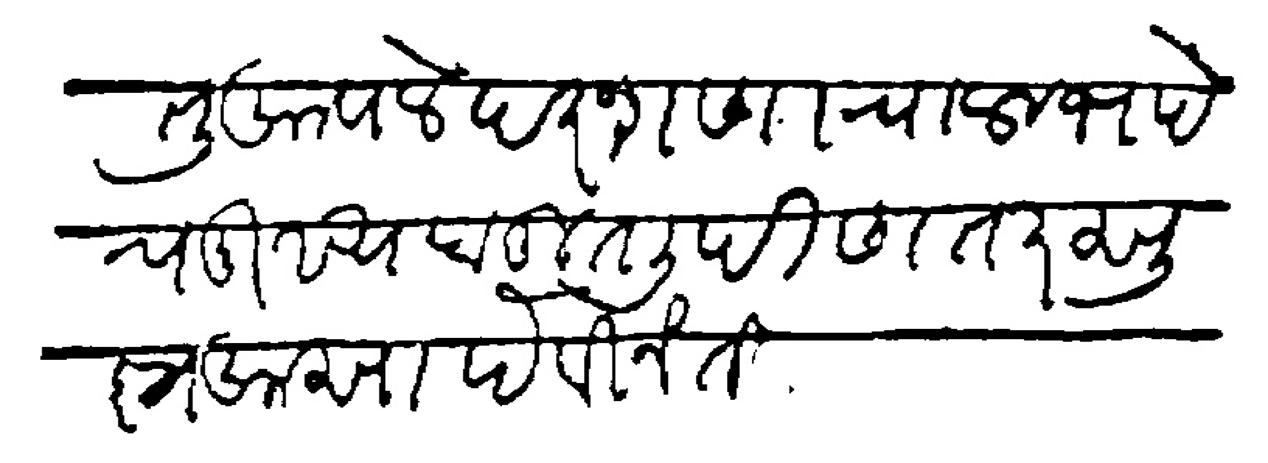
Transliteration (Devanagari): परंतु आपले दरशणाचा लाभ देण मुख्यं बहुत लिहीण तर सुज्ञ असा हे विनंती